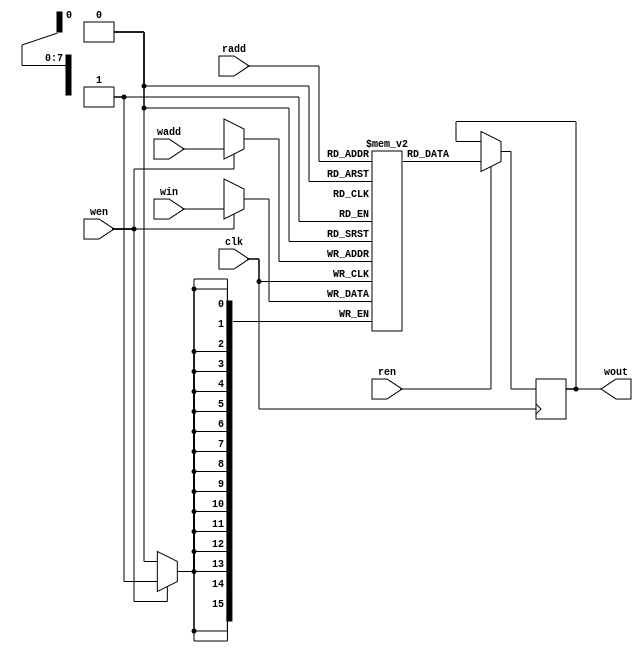
`timescale 1ns/1ps 
`default_nettype none
//`nclude "definitions.v"
`define __SIM__


module Weight_mem #(
    parameter N_WEIGHT = 256,
    parameter DATA_WIDTH = 16,
    parameter WEIGHT_FILE = "w_1_15.mif"
) (
    input clk,
    input wen,
    input ren,
    input [$clog2(N_WEIGHT)-1:0] wadd,
    input [$clog2(N_WEIGHT)-1:0] radd,
    input [DATA_WIDTH-1:0]       win,
    output reg [DATA_WIDTH-1:0]  wout
);
    reg [DATA_WIDTH-1:0] mem [N_WEIGHT-1:0];
    `ifdef _pretrained_
        initial begin
            $readmemb(WEIGHT_FILE, mem);    //read bnary file and initialize
        end
    `else
        always@(posedge clk)begin
            if(wen)begin
                mem[wadd] <= win;
            end
        end
    `endif

    always@(posedge clk)begin
        if(ren)begin
            wout <= mem[radd];
        end
    end
    
    `ifdef __SIM__
    initial begin
        $dumpfile("sim.vcd");
        $dumpvars(0, Weight_mem);
    end
    `endif

endmodule